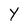
Character: Y